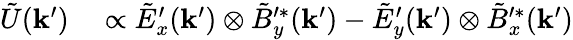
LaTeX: \begin{array}{rl}{\tilde{U}(\mathbf{k}^{\prime})}&{{}\propto\tilde{E}_{x}^{\prime}(\mathbf{k}^{\prime})\otimes\tilde{B}_{y}^{\prime*}(\mathbf{k}^{\prime})-\tilde{E}_{y}^{\prime}(\mathbf{k}^{\prime})\otimes\tilde{B}_{x}^{\prime*}(\mathbf{k}^{\prime})}\end{array}